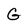
Character: G